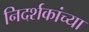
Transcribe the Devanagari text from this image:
निदर्शकांच्या